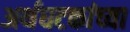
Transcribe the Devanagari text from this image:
अर्थघटकांच्या